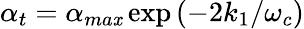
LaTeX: \alpha_{t}=\alpha_{ma\mathit{x}}\exp{(-2k_{1}/\omega_{c})}